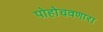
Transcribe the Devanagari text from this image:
पोहोचवणारा